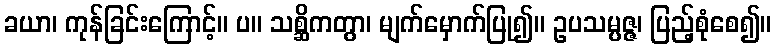
ခယာ၊ ကုန်ခြင်းကြောင့်။ ပ။ သစ္ဆိကတွာ၊ မျက်မှောက်ပြု၍။ ဥပသမ္ပဇ္ဇ၊ ပြည့်စုံစေ၍။